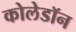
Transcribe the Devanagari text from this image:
कोलेडॉन